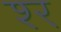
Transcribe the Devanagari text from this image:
श्‍र